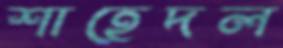
শাহেদল